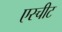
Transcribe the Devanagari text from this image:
एस्चीट